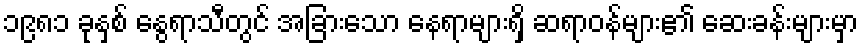
၁၉၈၁ ခုနှစ် နွေရာသီတွင် အခြားသော နေရာများရှိ ဆရာဝန်များ၏ ဆေးခန်းများမှာ